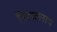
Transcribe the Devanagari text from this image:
निहालराय